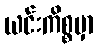
ယင်းကိစ္စမှာ